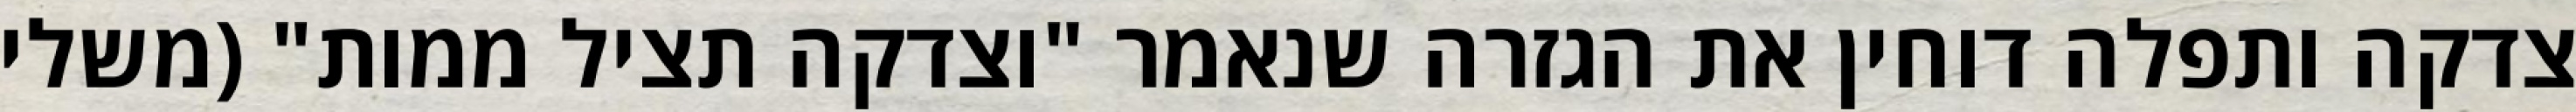
צדקה ותפלה דוחין את הגזרה שנאמר "וצדקה תציל ממות" (משלי